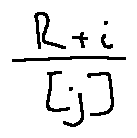
\frac { R + i } { [ j ] }